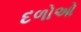
દળોઓ